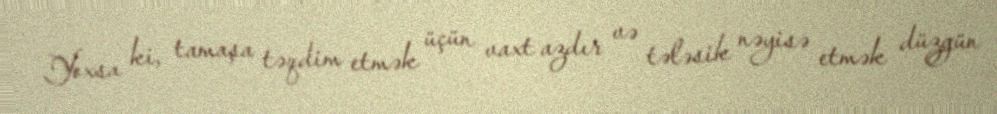
Yoxsa ki, tamaşa təqdim etmək üçün vaxt azdır və tələsik nəyisə etmək düzgün